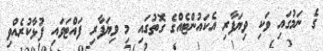
ގެ ނަމުގައި ވަކި ވިޔަފާރި އެކައުންޓެއްގެ ގޮތުގައި މި ވިޔަފާރި ފައްޓަވައި ފުޅާކުރެއްވި